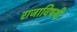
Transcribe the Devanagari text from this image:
राजाविषयी